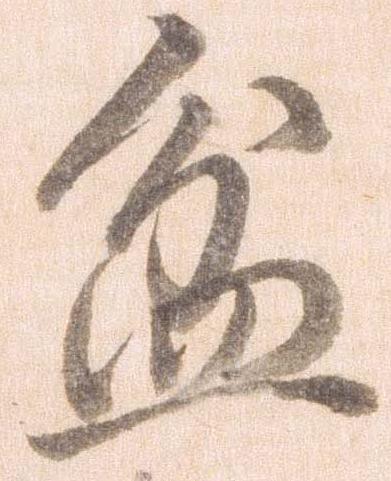
盆